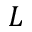
L